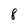
Character: 8